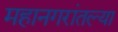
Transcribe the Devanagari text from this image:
महानगरांतल्या